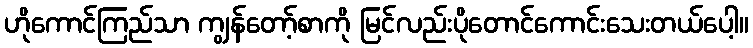
ဟိုကောင်ကြည်သာ ကျွန်တော့်စာကို မြင်လည်းပိုတောင်ကောင်းသေးတယ်ပေါ့။